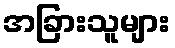
အခြားသူများ